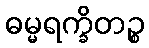
ဓမ္မရက္ခိတဉ္စ